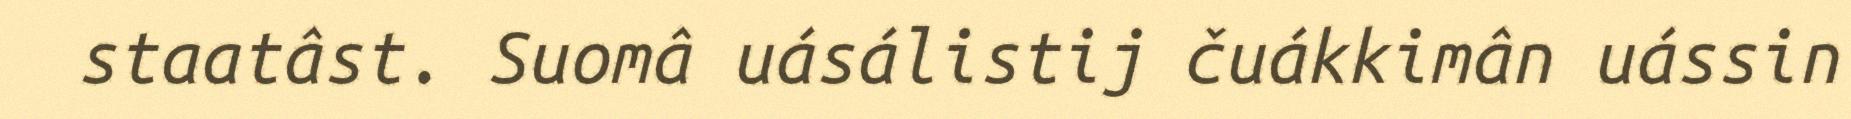
staatâst. Suomâ uásálistij čuákkimân uássin